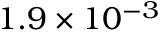
1 . 9 \times 1 0 ^ { - 3 }